Lunatic asylums Madras 1877-1891 - 1877-1891
Year: 1877
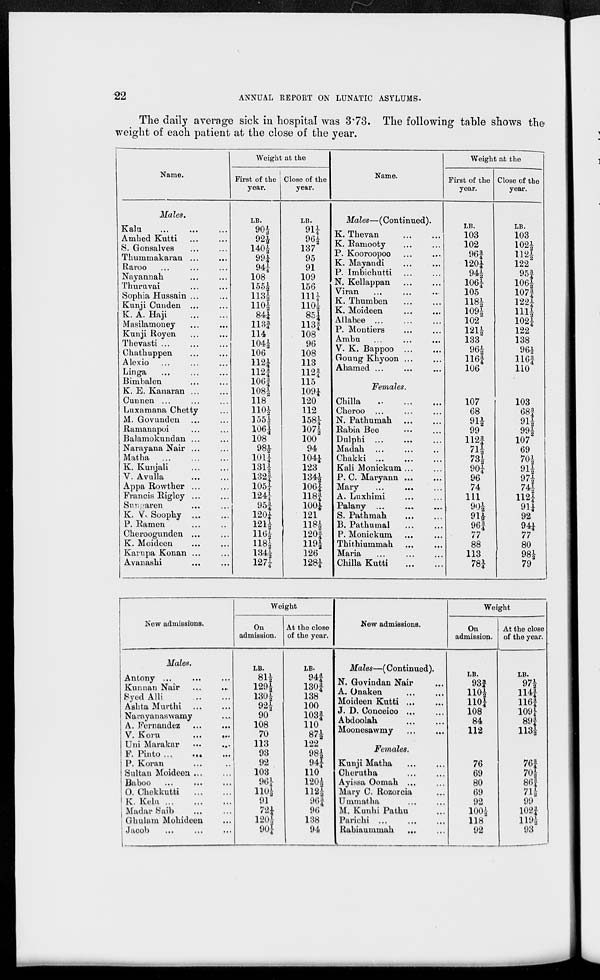
22
ANNUAL REPORT ON LUNATIC ASYLUMS.
The daily average sick in hospital was 3.73. The following table shows the
weight of each patient at the close of the year.
Name.
Males.
Kalu ... ... ...
Amhed Kutti ... ...
S. Gonsalves ... ...
Thummakaran ... ...
Raroo ... ... ...
Nayannah ... ...
Thuruvai ... ...
Sophia Hussain ... ...
Kunji Cunden ... ...
K. A. Haji
...
...
Masilamoney ... ...
Kunji Royen ... ...
Thevasti ... ... ...
Chathuppen ... ...
Alexio ... ... ...
Linga ... ... ...
Bimbalen ... ...
K. E. Kanaran ... ...
Cunnen ... ... ...
Luxamana Chetty ...
M. Govunden ... ...
Ramanapoi ... ...
Balamokundan ... ...
Narayana Nair ... ...
Matha ... ... ...
K. Kunjali ... ...
V. Avulla ... ...
Appa Rowther ... ...
Francis Rigley ... ...
Sungaren ... ...
K. V. Soophy
...
...
P. Ramen ... ...
Cheroogunden ... ...
K. Moideen ... ...
Karupa Konan ...
Avanashi ... ...
Weight at the
First of the
year.
LB.
90 ½
92½
140 ½
99¼
94 ¼
108
155 ½
113½
110 ½
84¼
113 ¾
114
104 ½
106
112¼
112¾
106¾
108½
118
110 ½
155 ½
106¼
108
98½
101 ¼
131½
132¾
105 ¼
124¼
95¾
120¼
121½
116 ½
118 ½
134½
127¼
Close of the
year.
LB.
91¼
96 ½
137
95
91
109
156
111 ¼
110½ 85¼
113 ¾
108
96
108
113
112¾
115
109 ¼
120
112
158¼
107 ½
100
94
104 ¼
123
134½
106¼
118 ¾
100¼
121
118½
120 ¾
119½
126
128¼
Name.
Males—(Continued).
K. Thevan ... ...
K. Ramooty ... ...
P. Kooroopoo ... ...
K. Mayandi ... ...
P. Imbichutti ... ...
N. Kellappan ... ...
Viran ... ... ...
K. Thumben
...
...
K. Moideen ... ...
Allabee ... ... ...
P. Montiers ... ...
Ambu ... ... ...
V. K. Bappoo ... ...
Goung Khyoon ... ...
Ahamed ... ... ...
Females.
Chilla ... ... ...
Cheroo ... ... ...
N. Pathumah ... ...
Rabia Bee ... ...
Dulphi ... ... ...
Madah
...
...
...
Chakki ... ... ...
Kali Monickum ... ...
P. C. Maryann ... ...
Mary ... ... ...
A. Luxhimi ... ...
Palany ... ... ...
S. Pathmah ... ...
B. Pathurmal ... ...
P. Monickum ... ...
Thithiummah ... ...
Maria ... ... ...
Chilla Kutti
...
...
Weight at the
First of the
year.
LB.
103
102
96¾
120¼
94 ½
106¼
105
118½
109½
102
121½
133
96½
116 ¾
106
107
68
91½
99
112¾
71 ½
73½
90¼
96
74
111
90½
91½
96 ¾
77
88
113
78¼
Close of the
year.
LB.
103
102½
112½
122
95 ¾
106½
107¾
122¼
111 ½
102¼
122
138
96½
116 ¾
110
103
68¾
91½
99½
107
69
70 ½
91½
97½
74 ½
112¼
91 ¼
92
94¼
77
80
98½
79
New admissions.
Males.
Antony ... ... ...
Kunnan Nair... ...
Syed Alli
...
...
Ashta Murthi
...
...
Narayanaswamy... ...
A. Fernandez... ...
V. Koru
...
...
Uni Marakar... ...
F. Pinto ... ... ...
P. Koran... ...
Sultan
Moideen...
...
Baboo... ... ...
O. Chekkutti
...
...
K.
Kelu...
...
...
Madar Saib... ...
Ghulam Mohideen...
Jacob... ... ...
Weight
On
admission.
LB.
81½
129½
130½
92½
90
108
70
113
93
92
103
96¼
110 ½
91
72¼
120 ½
90 ¼
At the close
of the year.
LB.
94 ¾
130 ¾
138
100
103¾
110
87½
122
98½
94¼
110
120½
112 ½
96 ¾
96
138
94
New admissions.
Males—(Continued).
N. Govindan Nair ...
A. Onaken ... ...
Moideen Kutti ... ...
J. D. Conceico... ...
Abdoolah... ...
Moonesawmy... ...
Females.
Kunji Matha
...
...
Cherutha... ...
Ayissa Oomah ... ...
Mary C. Rozoreia...
Ummatha... ...
M. Kunhi Pathu...
Parichi ... ... ...
Rabiaummah... ...
Weight
On
admission.
LB.
93 ¾
110½
110¼
108
84
112
76
69
80
69
92
100 ½
118
92
At the close
of the year.
LB.
97½
114 ¾
116¾
109¼
89¾
113½
76 ¾
70½
86¾
71 ½
99
102¾
119½
93